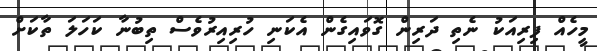
މީހެއް ފިރިއަކު ނެތި ދަރިން ގޮވައިގެން އެކަނި ހުރިއިރުވެސް ތިބުނާ ކަހަލަ ތާކަށް